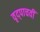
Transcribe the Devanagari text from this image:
वृद्पाचवीं